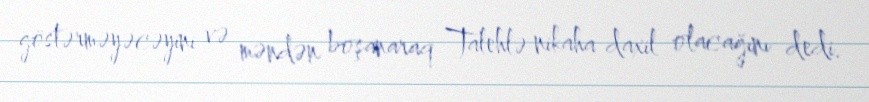
göstərməyəcəyini və məndən boşanaraq Talehlə nikaha daxil olacağını dedi.